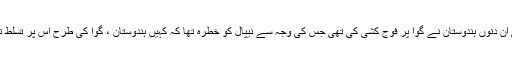
ویسے بھی ان دنوں ہندوستان نے گوا پر فوج کشی کی تھی جس کی وجہ سے نیپال کو خطرہ تھا کہ کہیں ہندوستان ، گوا کی طرح اس پر تسلط نہ جما دے۔